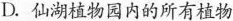
D.仙湖植物园内的所有植物